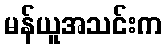
မန်ယူအသင်းက